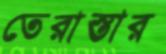
তেরাস্তার